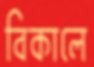
বিকালে